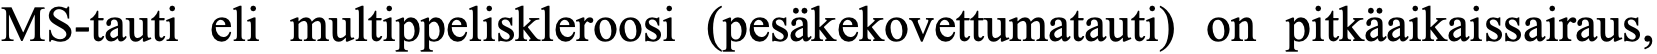
MS-tauti eli multippeliskleroosi (pesäkekovettumatauti) on pitkäaikaissairaus,